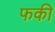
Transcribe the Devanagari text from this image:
फकी